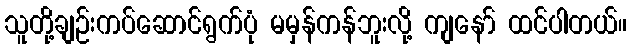
သူတို့ချဉ်းကပ်ဆောင်ရွက်ပုံ မမှန်ကန်ဘူးလို့ ကျနော် ထင်ပါတယ်။